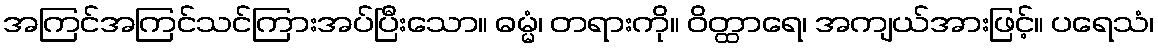
အကြင်အကြင်သင်ကြားအပ်ပြီးသော။ ဓမ္မံ၊ တရားကို။ ဝိတ္ထာရေ၊ အကျယ်အားဖြင့်။ ပရေသံ၊